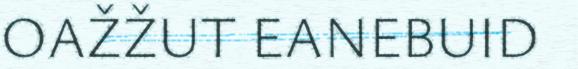
OAŽŽUT EANEBUID